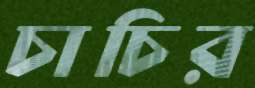
চাচির